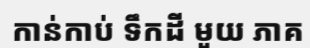
កាន់កាប់ ទឹកដី មួយ ភាគ